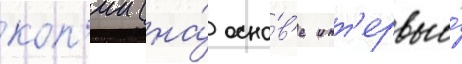
коп'ии (на́ осно́в'е инт'ервью́